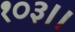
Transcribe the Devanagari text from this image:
१०३।।